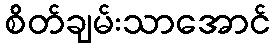
စိတ်ချမ်းသာအောင်